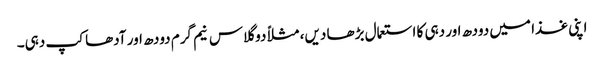
اپنی غذا میں دودھ اور دہی کا استعمال بڑھا دیں، مثلاً دو گلاس نیم گرم دودھ اور آدھا کپ دہی۔